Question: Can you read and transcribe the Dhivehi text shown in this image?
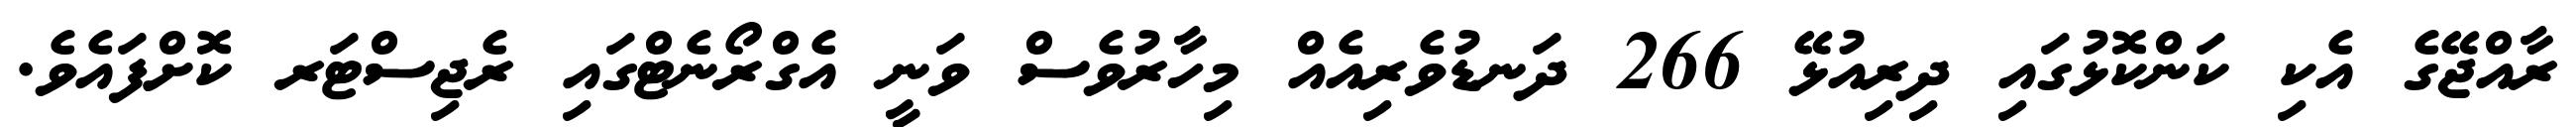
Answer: ރާއްޖޭގެ އެކި ކަންކޮޅުގައި ދިރިއުޅޭ 266 ދަނޑުވެރިއެއް މިހާރުވެސް ވަނީ އެގްރޯނެޓްގައި ރެޖިސްޓަރ ކޮށްފައެވެ.